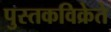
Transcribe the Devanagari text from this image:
पुस्तकविक्रेते